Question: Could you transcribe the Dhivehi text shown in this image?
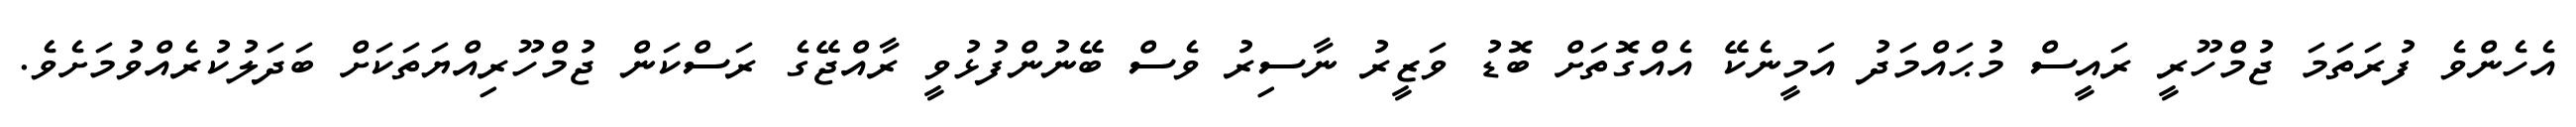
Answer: އެހެންވެ ފުރަތަމަ ޖުމްހޫރީ ރައީސް މުޙައްމަދު އަމީނެކޭ އެއްގޮތަށް ބޮޑު ވަޒީރު ނާސިރު ވެސް ބޭނުންފުޅުވީ ރާއްޖޭގެ ރަސްކަން ޖުމްހޫރިއްޔަތަކަށް ބަދަލުކުރެއްވުމަށެވެ.